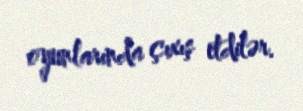
oyunlarında çıxış etdilər.